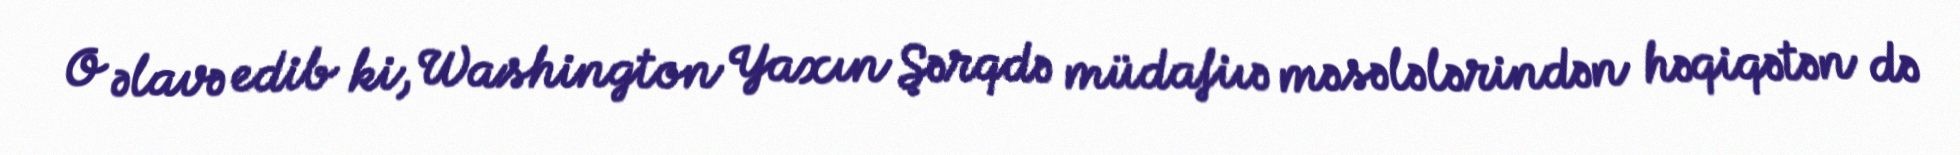
O əlavə edib ki, Washington Yaxın Şərqdə müdafiıə məsələlərindən həqiqətən də